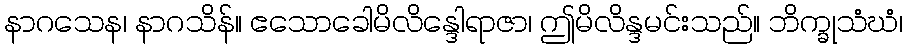
နာဂသေန၊ နာဂသိန်။ ဧသောခေါမိလိန္ဒေါရာဇာ၊ ဤမိလိန္ဒမင်းသည်။ ဘိက္ခုသံဃံ၊